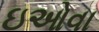
ઇઓવા